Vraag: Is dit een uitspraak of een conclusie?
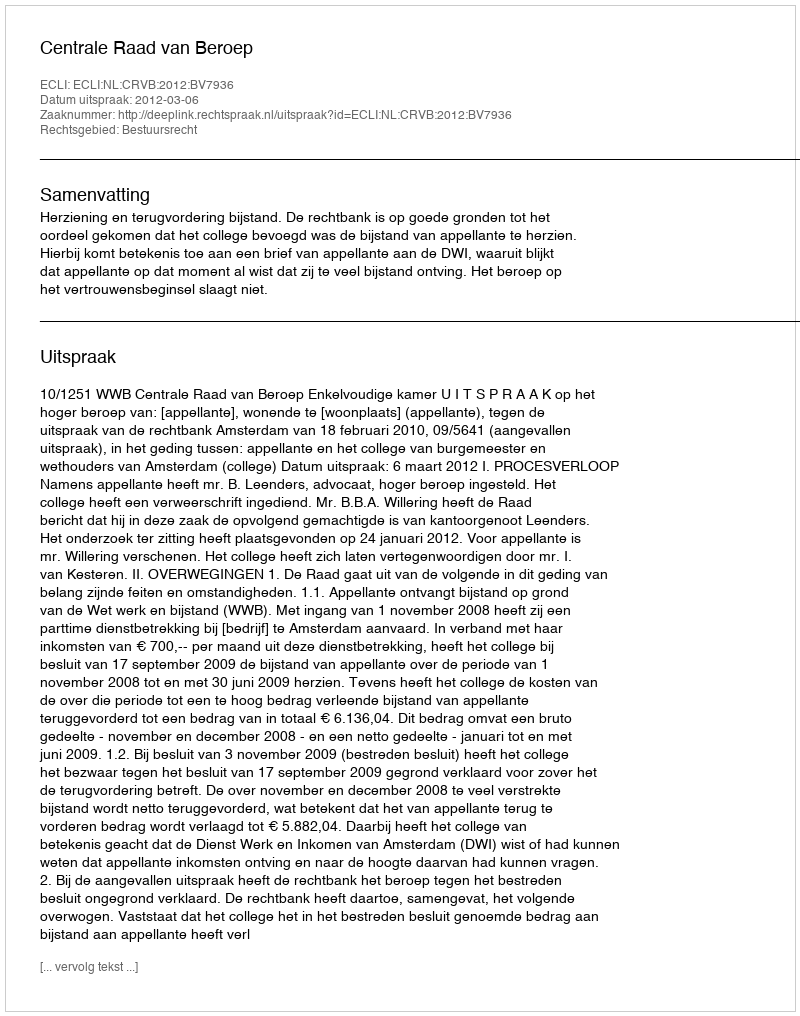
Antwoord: Uitspraak